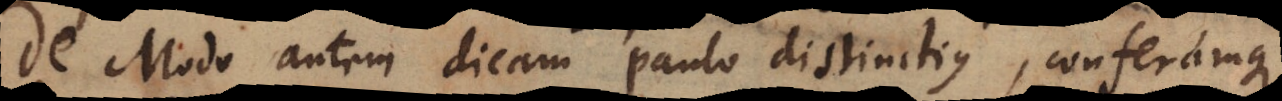
De Modo autem dicam paulo distinctius, conferamque